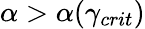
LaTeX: \alpha>\alpha(\gamma_{crit})